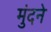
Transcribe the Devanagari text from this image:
मुंदने